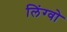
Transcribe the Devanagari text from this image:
लिंग्वो